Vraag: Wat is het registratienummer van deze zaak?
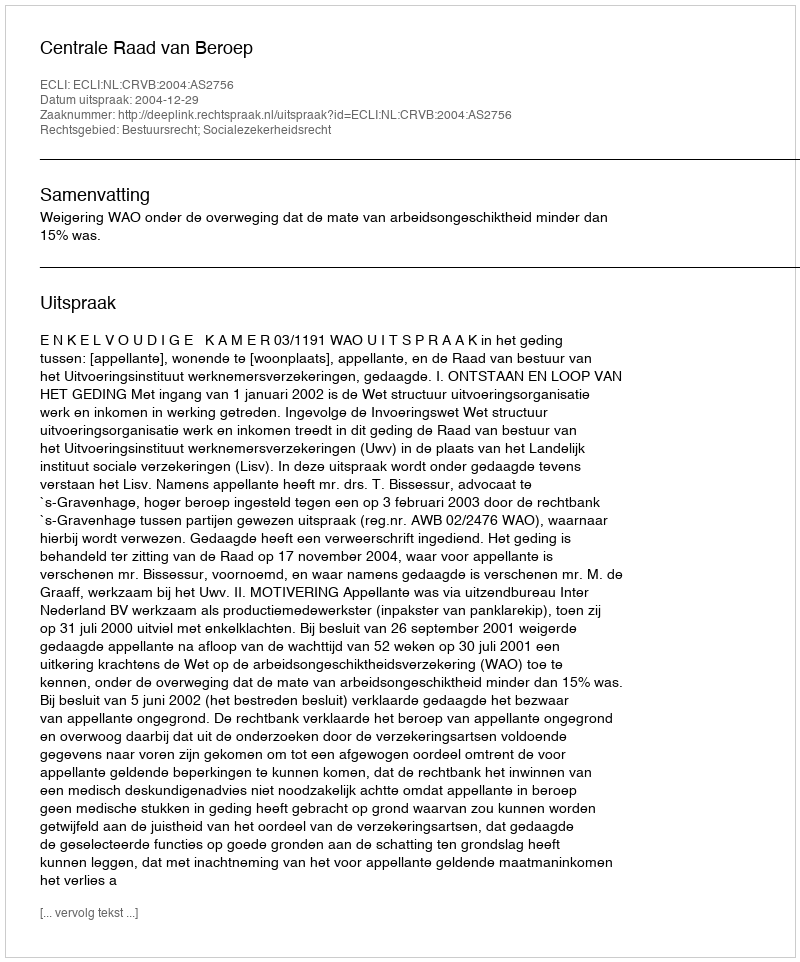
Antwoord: http://deeplink.rechtspraak.nl/uitspraak?id=ECLI:NL:CRVB:2004:AS2756